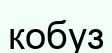
кобуз